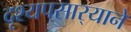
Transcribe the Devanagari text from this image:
दृश्यपसार्‍याने